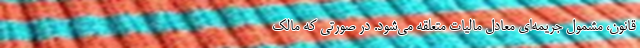
قانون، مشمول جریمه‌ای معادل مالیات متعلقه می‌شود. در صورتی که مالک